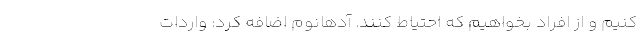
کنیم و از افراد بخواهیم که احتیاط کنند. آدهانوم اضافه کرد: واردات